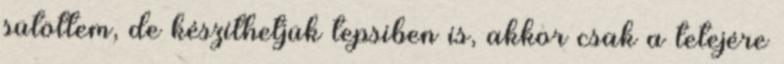
sütöttem, de készíthetjük tepsiben is, akkor csak a tetejére